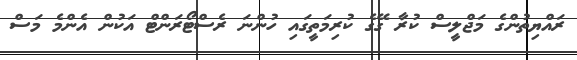
ރައްޔިތުންގެ މަޖްލީސް ކުރާ ގޭގެ ކުރިމަތީގައި ހުންނަ ރެސްޓޯރަންޓް އަކުން އެންމެ މަސް